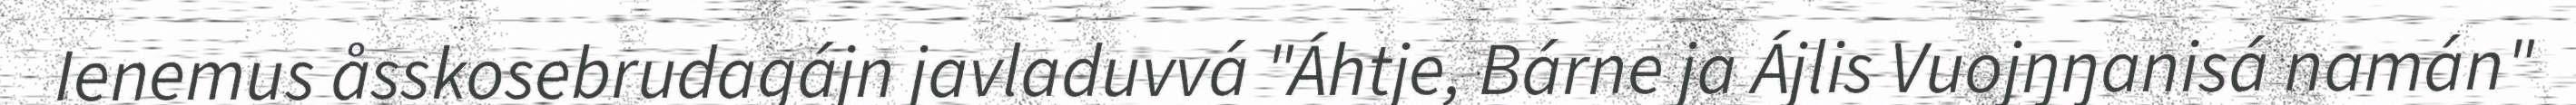
Ienemus åsskosebrudagájn javladuvvá "Áhtje, Bárne ja Ájlis Vuojŋŋanisá namán"